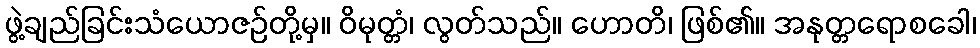
ဖွဲ့ချည်ခြင်းသံယောဇဉ်တို့မှ။ ဝိမုတ္တံ၊ လွတ်သည်။ ဟောတိ၊ ဖြစ်၏။ အနုတ္တရောစခေါ၊